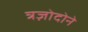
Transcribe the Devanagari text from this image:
त्रज़ोदोने